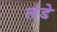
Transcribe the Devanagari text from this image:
लंडे